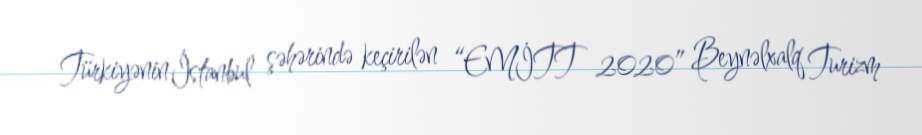
Türkiyənin İstanbul şəhərində keçirilən “EMİTT 2020” Beynəlxalq Turizm